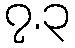
၇.၃